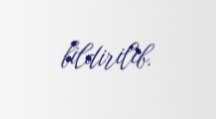
bildirilib.